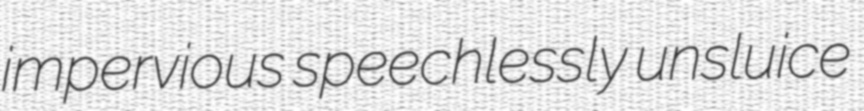
impervious speechlessly unsluice